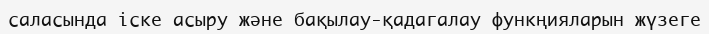
саласында іске асыру және бақылау-қадагалау функңияларын жүзеге